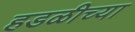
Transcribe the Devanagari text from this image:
हडळीच्या